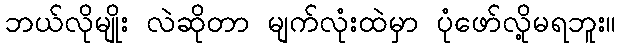
ဘယ်လိုမျိုး လဲဆိုတာ မျက်လုံးထဲမှာ ပုံဖော်လို့မရဘူး။